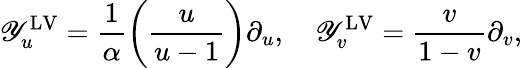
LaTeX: \mathscr{Y}_{u}^{\mathrm{{LV}}}=\frac{{1}}{{\alpha}}\left(\frac{{u}}{{u-1}}\right)\partial_{u},\quad\mathscr{Y}_{v}^{\mathrm{{LV}}}=\frac{{v}}{{1-v}}\partial_{v},